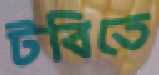
টবিতে